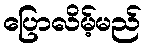
ပြောလိမ့်မည်